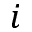
i